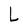
Character: L